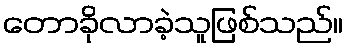
တောခိုလာခဲ့သူဖြစ်သည်။